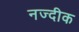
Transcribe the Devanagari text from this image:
नज्दीक